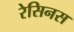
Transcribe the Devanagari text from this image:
रेसिनस